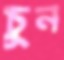
চুন